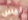
ليس